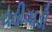
વડીવાડી